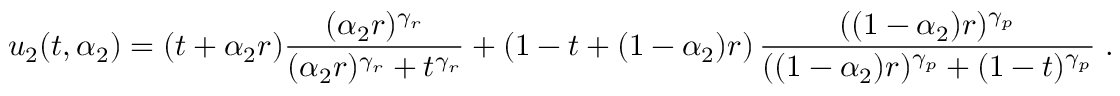
u _ { 2 } ( t , \alpha _ { 2 } ) = ( t + \alpha _ { 2 } r ) \frac { ( \alpha _ { 2 } r ) ^ { \gamma _ { r } } } { ( \alpha _ { 2 } r ) ^ { \gamma _ { r } } + t ^ { \gamma _ { r } } } + \left( 1 - t + ( 1 - \alpha _ { 2 } ) r \right) \frac { ( ( 1 - \alpha _ { 2 } ) r ) ^ { \gamma _ { p } } } { ( ( 1 - \alpha _ { 2 } ) r ) ^ { \gamma _ { p } } + ( 1 - t ) ^ { \gamma _ { p } } } \; .